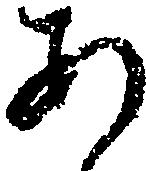
あ